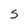
Character: S